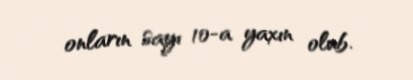
onların sayı 10-a yaxın olub.